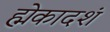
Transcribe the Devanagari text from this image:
ह्मेकादशं